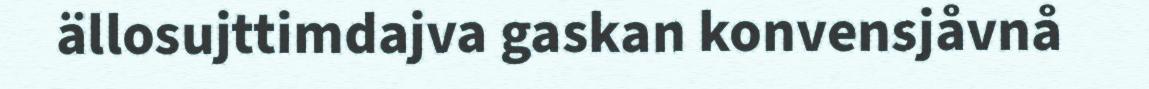
ällosujttimdajva gaskan konvensjåvnå